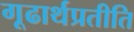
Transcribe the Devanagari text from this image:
गूढार्थप्रतीति